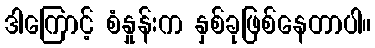
ဒါကြောင့် စံနှုန်းက နှစ်ခုဖြစ်နေတာပါ။